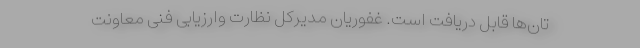
تان‌ها قابل دریافت است. غفوریان مدیرکل نظارت ­و­ارزیابی فنی معاونت